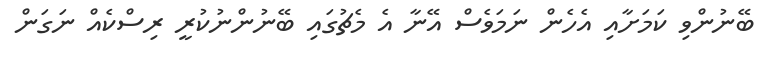
ބޭނުންވި ކަމަށާއި އެހެން ނަމަވެސް އޭނާ އެ މެޗުގައި ބޭނުންނުކުރީ ރިސްކެއް ނަގަން